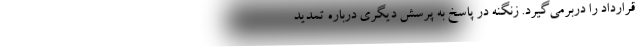
قرارداد را دربرمی‌گیرد. زنگنه در پاسخ به پرسش دیگری درباره تمدید